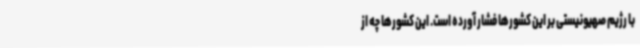
با رژیم صهیونیستی بر این کشورها فشار آورده است. این کشورها چه از